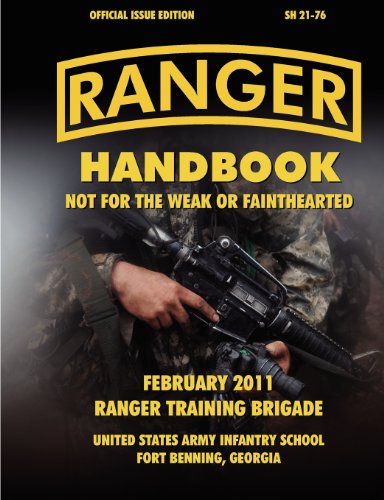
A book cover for Ranger Handbook (Large Format Edition): The Official U.S. Army Ranger Handbook Sh21-76, Revised February 2011; Ranger Training Brigade; Test Preparation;